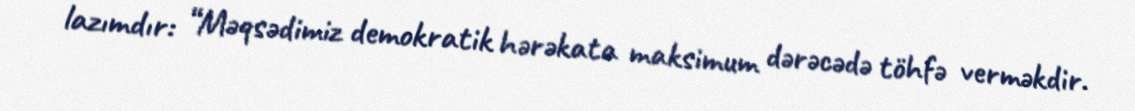
lazımdır: “Məqsədimiz demokratik hərəkata maksimum dərəcədə töhfə verməkdir.